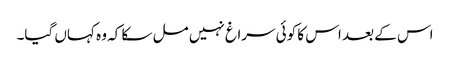
اس کے بعد اس کا کوئی سراغ نہیں مل سکا کہ وہ کہاں گیا۔